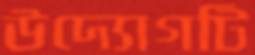
উদ্যোগটি